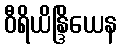
ဝီရိယိန္ဒြိယေန